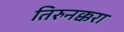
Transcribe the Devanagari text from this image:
तिरुनक्करा